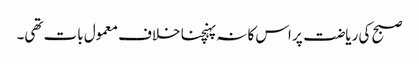
صبح کی ریاضت پر اس کا نہ پہنچنا خلاف معمول بات تھی۔